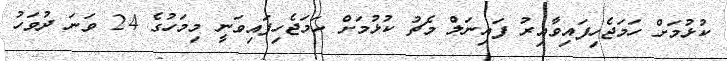
ކުޅުމަށް ހަމަޖެހިފައިވާއިރު ފައިނަލް މެޗު ކުޅުމަށް ހަމަޖެހިފައިވަނީ މިމަހުގެ 24 ވަނަ ދުވަހު